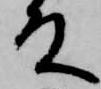
殿